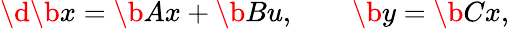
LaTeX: \d{\b{x}}=\b{Ax}+\b{Bu},\qquad\b{y}=\b{Cx},